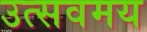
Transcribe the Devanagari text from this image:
उत्सवमय